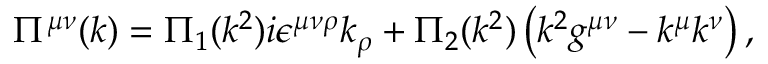
\Pi ^ { \mu \nu } ( k ) = \Pi _ { 1 } ( k ^ { 2 } ) i \epsilon ^ { \mu \nu \rho } k _ { \rho } + \Pi _ { 2 } ( k ^ { 2 } ) \left( k ^ { 2 } g ^ { \mu \nu } - k ^ { \mu } k ^ { \nu } \right) ,